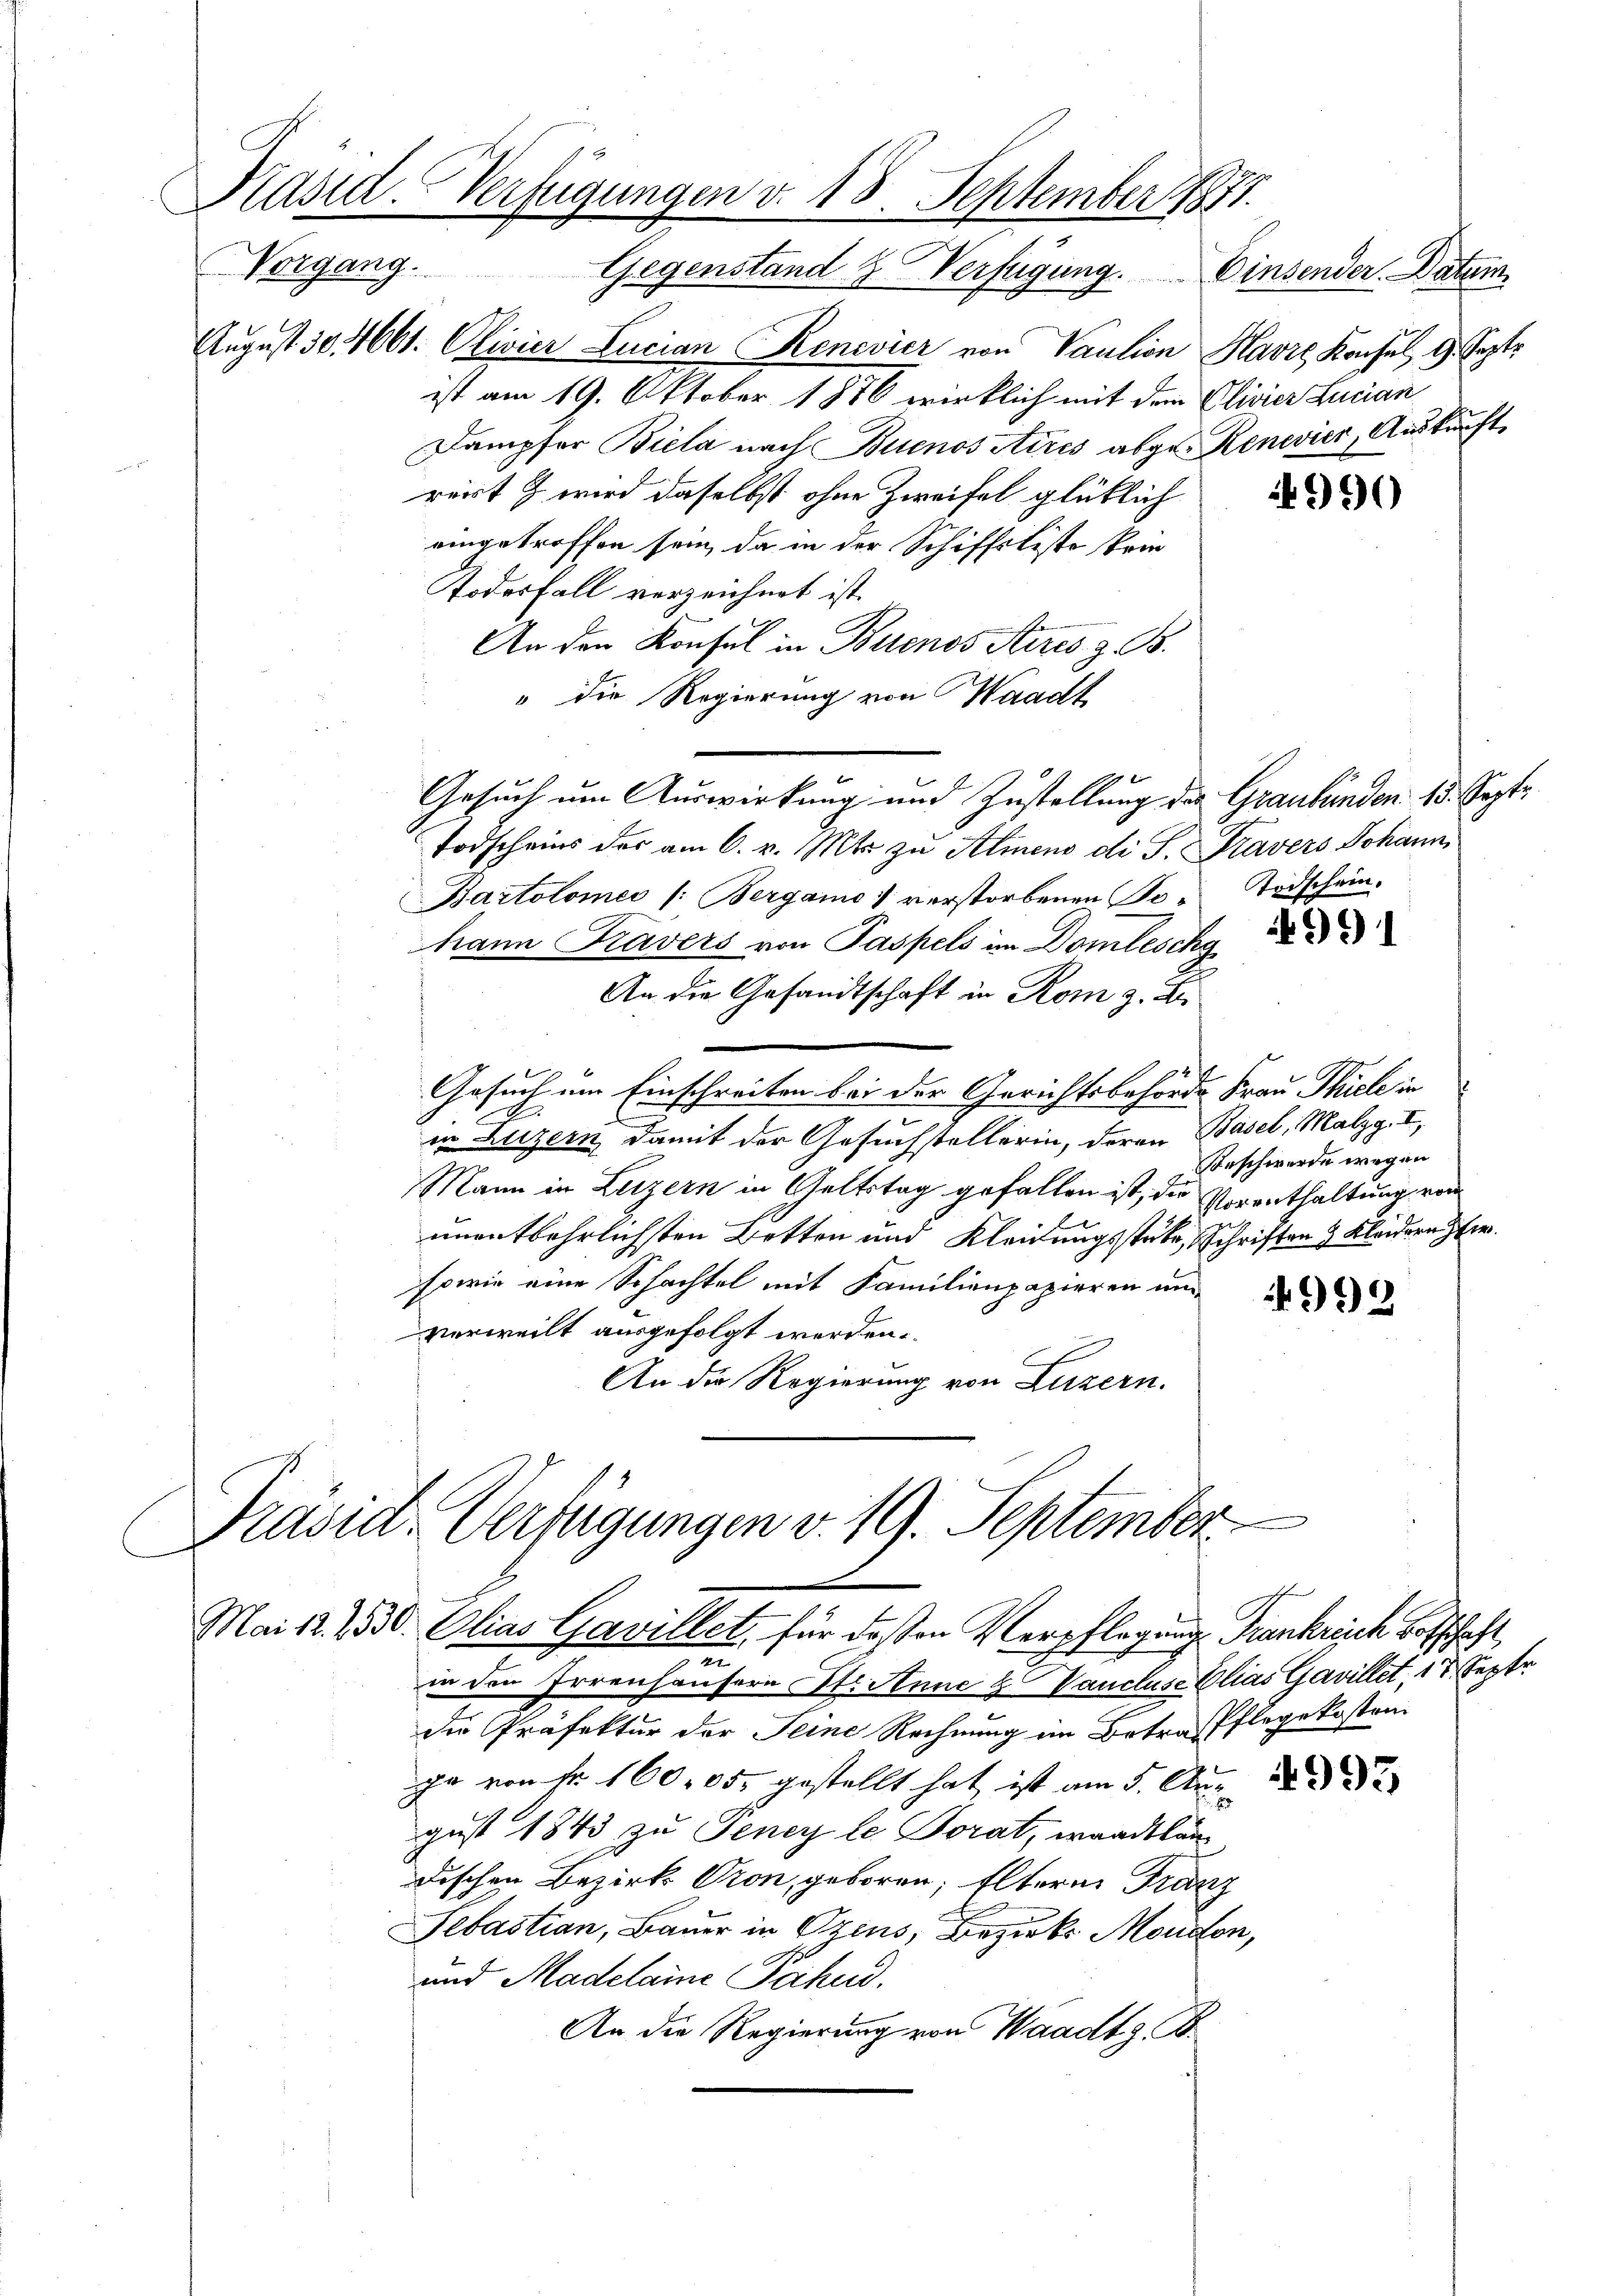
Präsid. Verfügungen v. 18. September 1871.
Vorgang.
Gegenstand & Verfügung. Einsender Datum

August 30. 4061. Olivier Lucian Kenevier von Paulion Havre Konsul, 9. Septe
ist am 19. Oktober 1886 wirklich mit dem Olivier Lucian
Dampfer Biela nach Buenos Aires abge-Renevier, Auskunft
reist & wird daselbst ohne Zweifel glücklich
eingetroffen sein, da in der Schiffsliste krie
Todesfall verzeichnet ist.
An den Konsul in Buenos Aires z. B.
" die Regierung von Waadt
Gesuch um Auswirkung und Zustellung des Graubünden. 15. Sept.
Todscheins der am 6. v. Mts. zu Almeno di S. Travers Johann
Bartolomei /: Bergamo verstorbenen Po- Todschein.
hann Travers von Paspels im Domlischg
An die Gesandtschaft in Rom z. B.
Gesuch um Einschreiten bei der Gerichtsbehörde Frau Thiele in
.
C
in Luzern damit der Gesuchstellerin, deren Basel, Malzg. I
Beschwerde wegen
Mann in Luzern in Geltstag gefallen ist, die Vorenthaltung von
unentbehrlichsten Betten und Kleidungsstücke, Schriften & Kleidern er
sowie eine Schachtel mit Familienpapieren un
992
verweilt ausgefolgt werden.
An die Regierung von Luzern.

Präsid-Verfügungen v. 19. September
Mai 12. 1530. Elias Gavillet, für deßen Verpflegung Frankreich Botschaft,

990

u
in den Irrenhäusern St. Anne & Vancluse Elias Gavillet, 17. Septe
die Präfektur der Seine Rechnung im Betraffflegekosten
ja von fr. 16005. gestellt hat, ist am 5. Aug. 188
gust 1843 zu Teney le Torat, waadtlän
dischen Bezirk Pron, geboren, Eltere Franz
Sebastian, Bauer in Ozens, Bezirks Morden,
und Madelaine Pähnd.
An die Regierung von Waadt z. B.